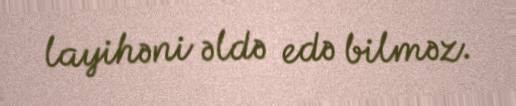
layihəni əldə edə bilməz.